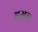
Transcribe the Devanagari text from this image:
इसब